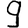
Digit: 9